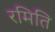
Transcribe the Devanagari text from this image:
रमिति